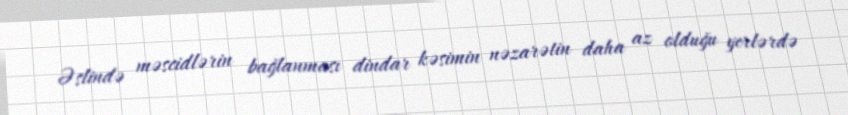
Əslində məscidlərin bağlanması dindar kəsimin nəzarətin daha az olduğu yerlərdə